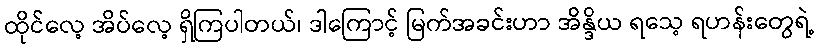
ထိုင်လေ့ အိပ်လေ့ ရှိကြပါတယ်၊ ဒါကြောင့် မြက်အခင်းဟာ အိန္ဒိယ ရသေ့ ရဟန်းတွေရဲ့